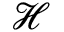
\mathcal { H }